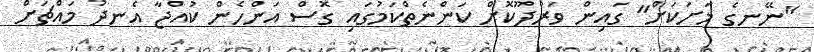
"ނޭނގެ މަށަކަށް" ގައިން ވަރުދޫކޮށް ކަންނެތްކަމުގައި ގޮސް އަންހެން ކުއްޖާ އެނދު މައްޗަށް